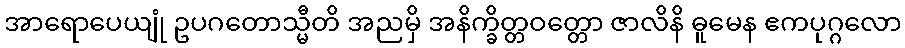
အာရောပေယျုံ ဥပဂတောသ္မီတိ အညမှိ အနိက္ခိတ္တဝတ္တော ဇာလိနိ ဓူမေန ဧကပုဂ္ဂလော